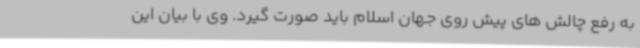
به رفع چالش های پیش روی جهان اسلام باید صورت گیرد. وی با بیان این